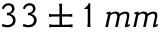
3 3 \pm 1 \; m m